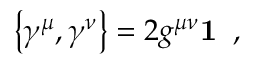
\left\lbrace \gamma ^ { \mu } , \gamma ^ { \nu } \right\rbrace = 2 g ^ { \mu \nu } { \bf 1 } \; \; ,